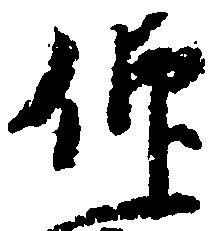
仰